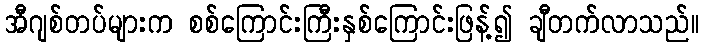
အီဂျစ်တပ်များက စစ်ကြောင်းကြီးနှစ်ကြောင်းဖြန့်၍ ချီတက်လာသည်။